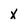
Character: x